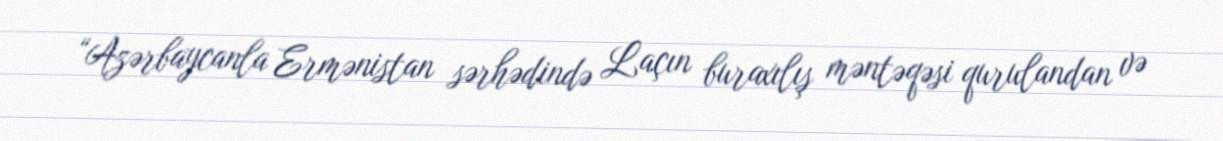
“Azərbaycanla Ermənistan sərhədində Laçın buraxılış məntəqəsi qurulandan və